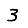
Digit: 3